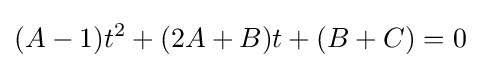
(A-1)t^{2}+(2A+B)t+(B+C)=0